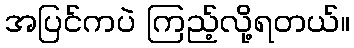
အပြင်ကပဲ ကြည့်လို့ရတယ်။